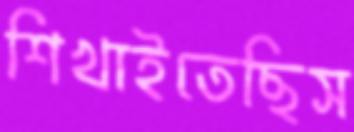
শিখাইতেছিস